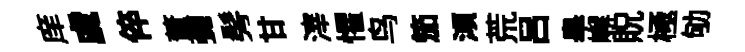
庠虞倅董彌髣甘滓懼鸟笳澒荒吕皋嶰貺極劬